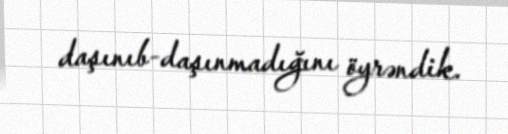
daşınıb-daşınmadığını öyrəndik.